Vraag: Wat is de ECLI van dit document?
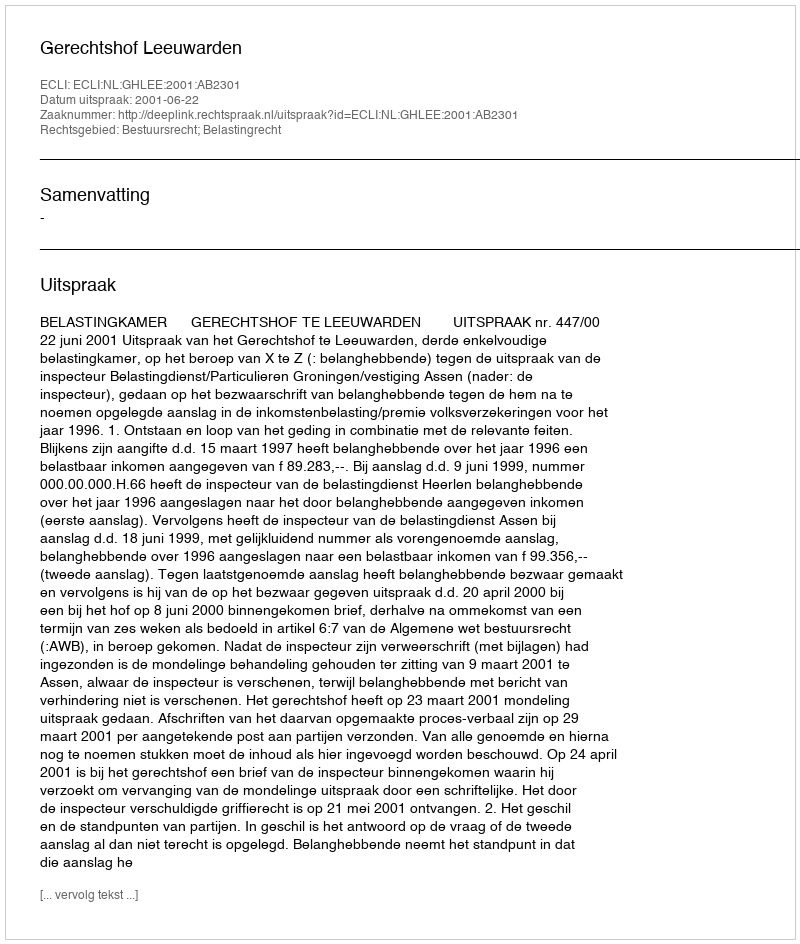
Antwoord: ECLI:NL:GHLEE:2001:AB2301